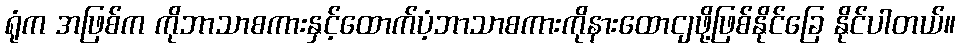
ရုံက အဖြစ်က ကိုဘာသာစကားနှင့်ထောက်ပံ့ဘာသာစကားကိုနားထောငျဖို့ဖြစ်နိုင်ခြေ နိုင်ပါတယ်။